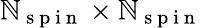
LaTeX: \mathbb{N}_{\mathrm{{~s~p~i~n~}}}\times\mathbb{N}_{\mathrm{{~s~p~i~n~}}}